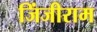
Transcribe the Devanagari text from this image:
जिंजीराम